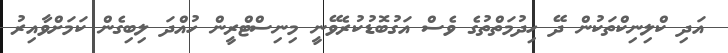
އަދި ކްލިނިކްތަކުން ދޭ ހިދުމަތްތުގެ ވެސް އަގުބޮޑުކުރެވޭނީ މިނިސްޓްރީން ހުއްދަ ލިބިގެން ކަމަށްވާއިރު